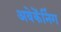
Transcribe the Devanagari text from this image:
अवेकेंनिंग